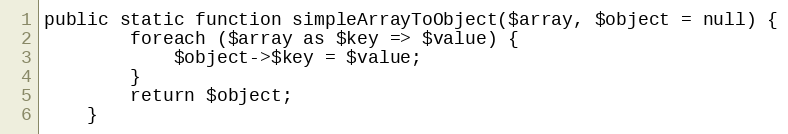
Language: PHP
public static function simpleArrayToObject($array, $object = null) {
        foreach ($array as $key => $value) {
            $object->$key = $value;
        }
        return $object;
    }